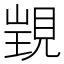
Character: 𧡁